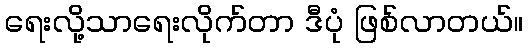
ရေးလို့သာရေးလိုက်တာ ဒီပုံ ဖြစ်လာတယ်။